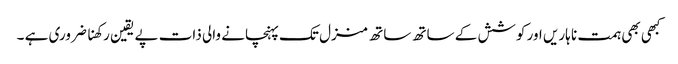
کبھی بھی ہمت نا ہاریں اور کوشش کے ساتھ ساتھ منزل تک پہنچانے والی ذات پے یقین رکھنا ضروری ہے ۔